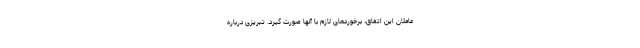
عاملان این اتفاق، برخوردهای لازم با آنها صورت گیرد. تبریزی درباره